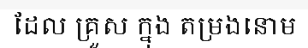
ដែល គ្រួស ក្នុង តម្រងនោម